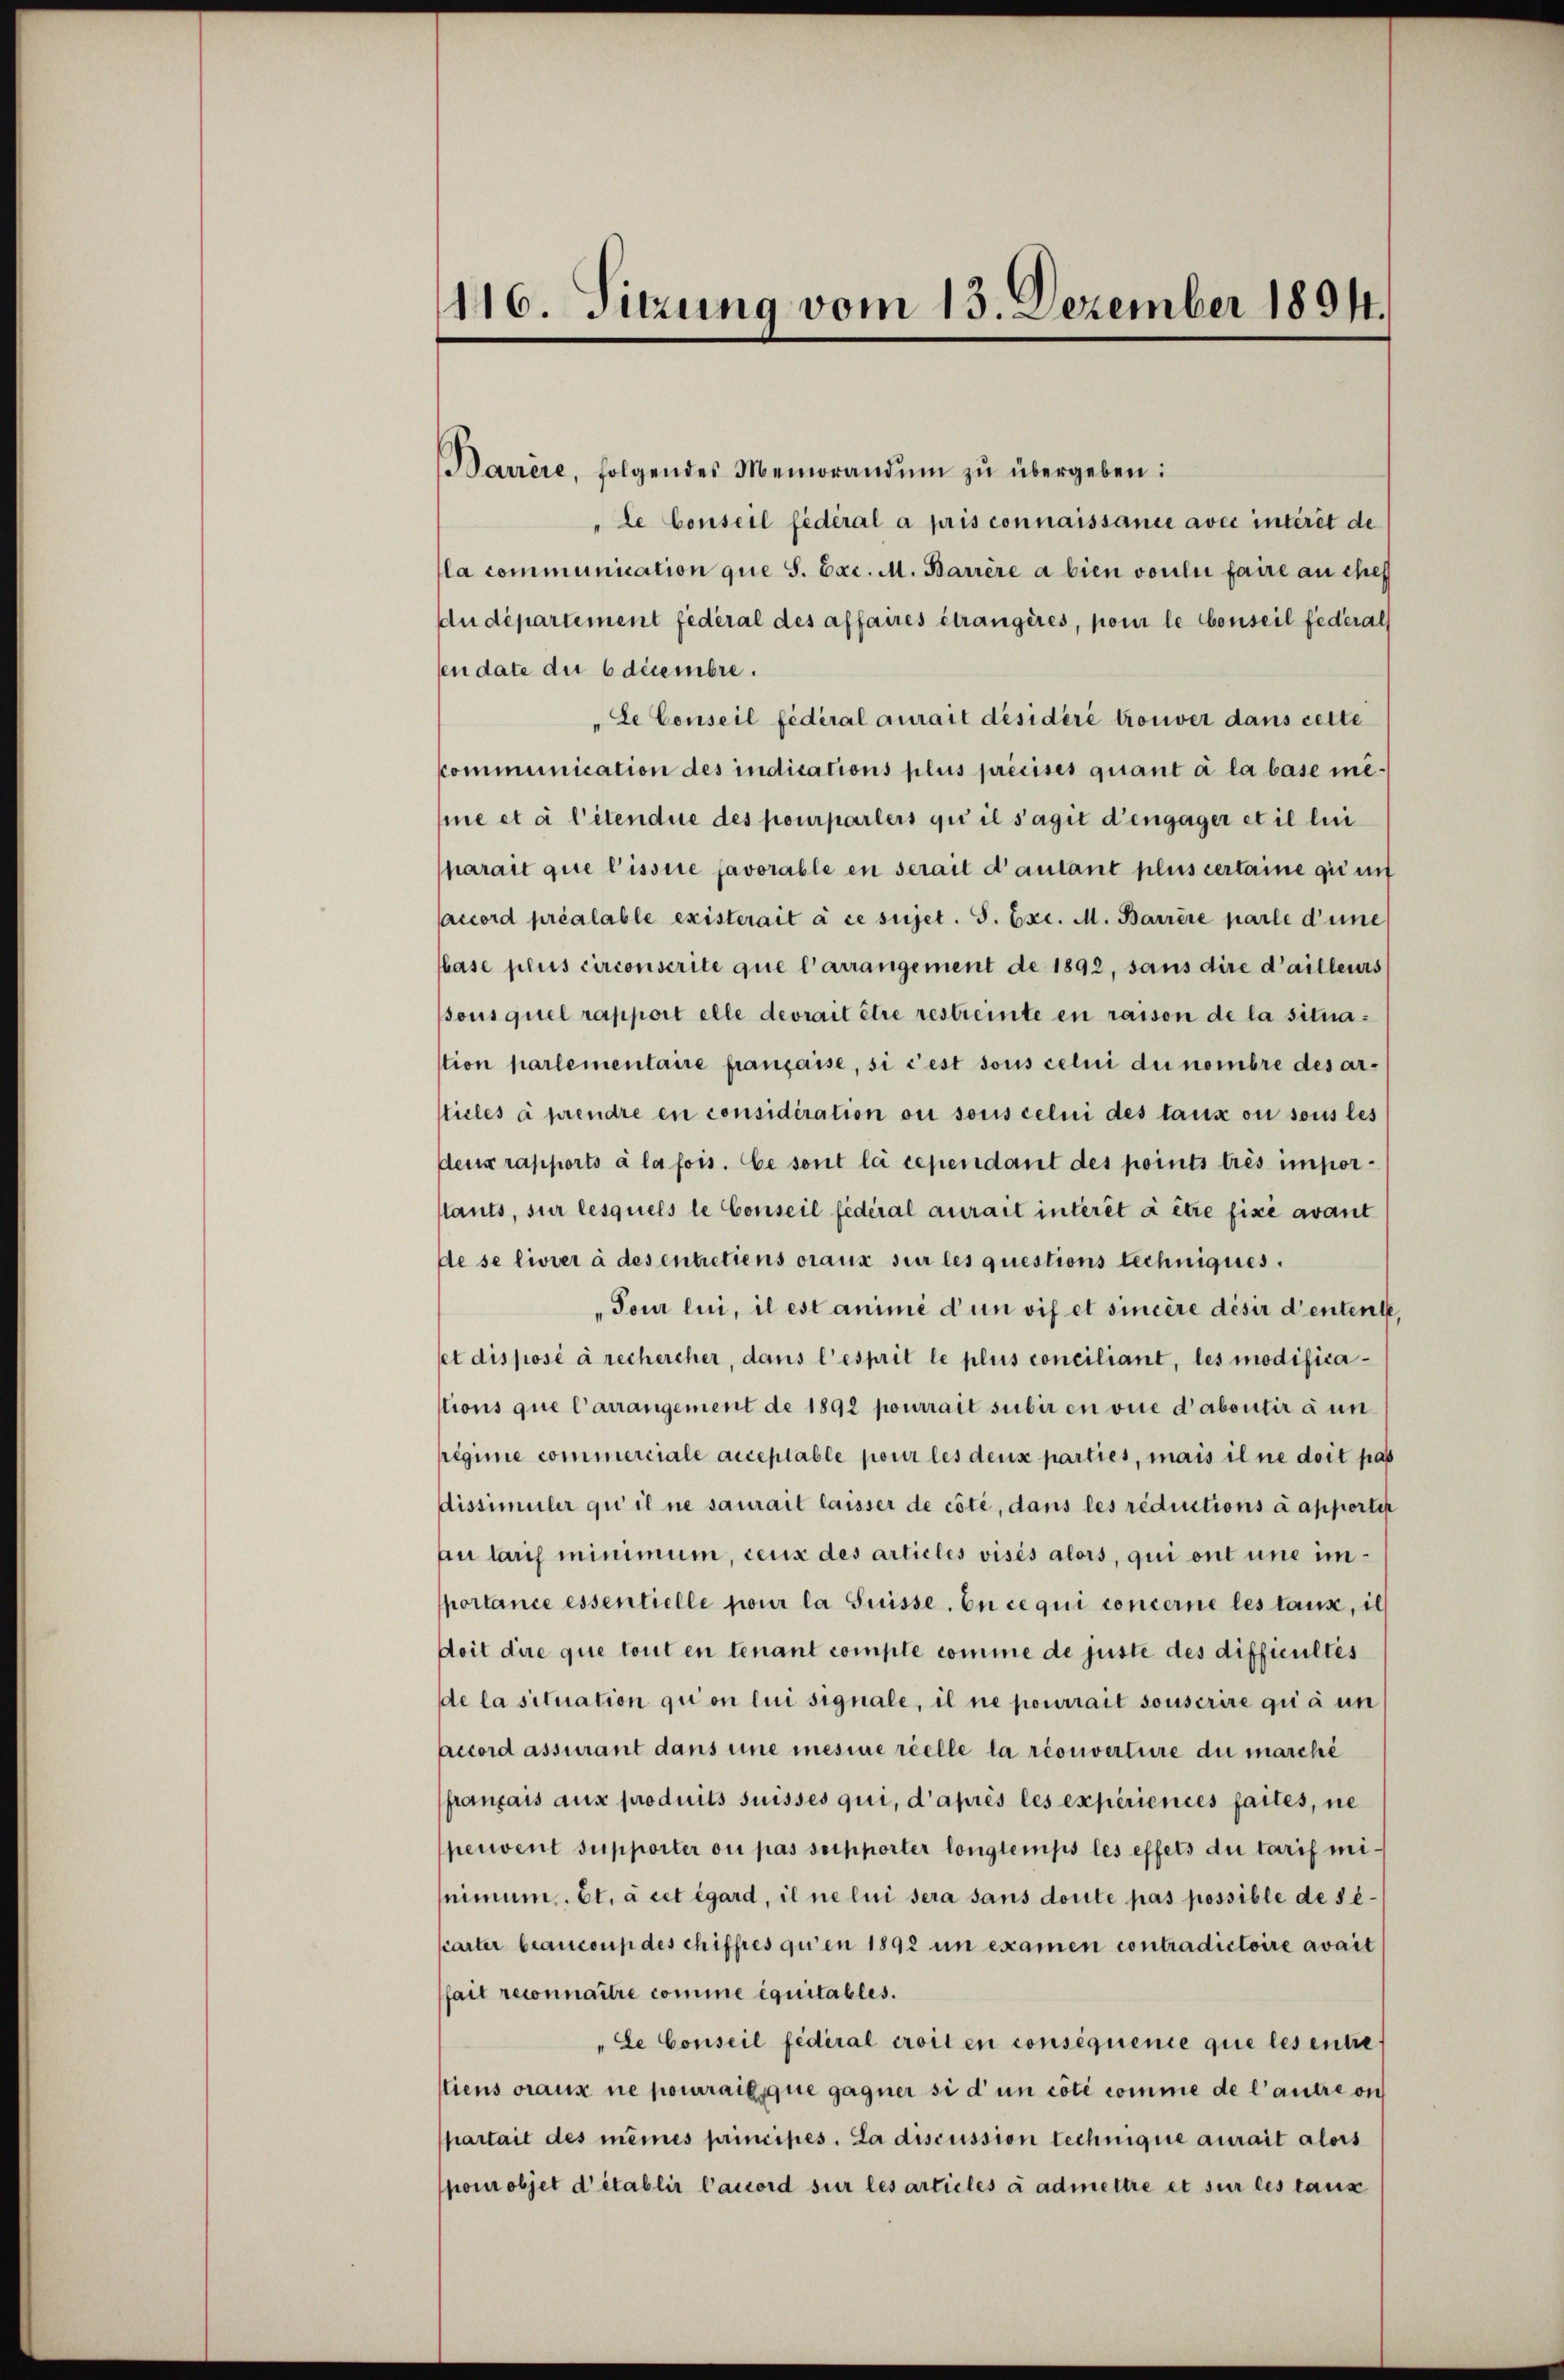
110. Sitzung vom 15. Dezember 1891.

Barrère, folgendes Memorandŭm zŭ übergeben:
"le Conseil fédéral a pris connaissance avec intérêt de
la communication que S. Exc. M. Barrère a bien voulii faire au chef
du département fédéral des affaires étrangères, pour le Conseil federals
sen date die 6 decembre.
Le Conseil fédéral aurait désidéré trouver dans cette
Communication des indications plus précises quant à la base mi
me et à l’étendue des pourparlers qui il s’agit d’engager et il lui
parait que l’issire favorable en serait d’autant plus certaine gie un
accord préalable existerait à ce sujet. S. Exc. M. Barrère parlé d’une
hase plus circonscrite que l’arrangement de 1892, sans dire d’ailleurs
sous quel rapport elle devrait être restreinte en raison de la situation parlementaire française, si c’est sous celui du nombre des articles à prendre en considération ou sous celui des taux ou sous les
deus rapports à la fois. Ce sont la cependant des points trés imporstants, sur lesquels le Conseil fédéral aurait interit à être fise avant
de se livier à des entretiens oraux sur les questions techniques.
Tour lui, il est animé d’un vif et sincère désir d’entent,
set disposé à rechercher, dans l’esprit le plus conciliant, les modificastions que Carrangement de 1892 pourrait subir en vice d’abontir à un
regime commerciale acceptable pour les deux parties, mais il ne doit pas
dissimuler qui il ne saurait laisser de côté, dans les réductions à apporten
au laris minimum, ceux des articles visés alors, qui ont une importance essentielle pour la Suisse. En ce qui concerne les taux, il
doit dire que tout en tenant compte comme de juste des difficultés
de la situation qui on lui signale, il ne pourrait souserire qui à un
Accord assurant dans une mesiure réelle la réonverture du marché
français aux produits suisses qui, d’après les experiences faites, ne
peuvent supporter ou pas supporter longtemps les effets du tarif minimum. Et à cet égard, il ne lui sera sans doute pas possible de secarter beaucoup des chiffres qu’en 1892 um examen contradictoire avait
ait reconnaitre comme équitables.
"Le Conseil fédéral croit en consequence que les entre
tiens oraux ne pourrait que gagner si d’un côté comme de l’autre on
partait des mêmes principés. La discussion technique aurait alors
pour objet d’établir l’accord sur les articles à admettre et sur les taux